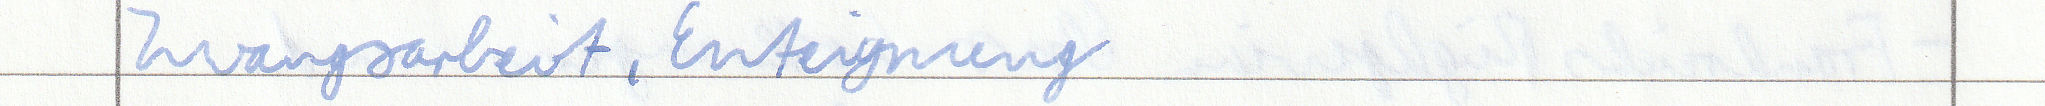
Zwangsarbeit, Enteignung